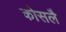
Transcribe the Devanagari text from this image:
कोसलै